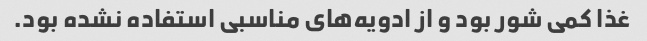
غذا کمی شور بود و از ادویه‌های مناسبی استفاده نشده بود.